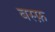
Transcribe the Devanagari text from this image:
बस्फ़